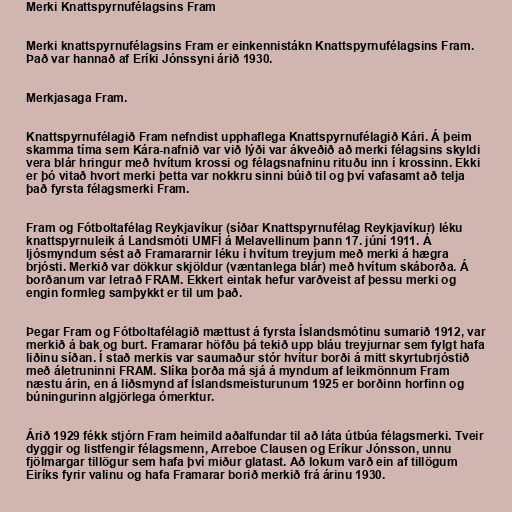
Merki Knattspyrnufélagsins Fram

Merki knattspyrnufélagsins Fram er einkennistákn Knattspyrnufélagsins Fram.
Það var hannað af Eríki Jónssyni árið 1930.

Merkjasaga Fram.

Knattspyrnufélagið Fram nefndist upphaflega Knattspyrnufélagið Kári. Á þeim
skamma tíma sem Kára-nafnið var við lýði var ákveðið að merki félagsins skyldi
vera blár hringur með hvítum krossi og félagsnafninu rituðu inn í krossinn. Ekki
er þó vitað hvort merki þetta var nokkru sinni búið til og því vafasamt að telja
það fyrsta félagsmerki Fram.

Fram og Fótboltafélag Reykjavíkur (síðar Knattspyrnufélag Reykjavíkur) léku
knattspyrnuleik á Landsmóti UMFÍ á Melavellinum þann 17. júní 1911. Á
ljósmyndum sést að Framararnir léku í hvítum treyjum með merki á hægra
brjósti. Merkið var dökkur skjöldur (væntanlega blár) með hvítum skáborða. Á
borðanum var letrað FRAM. Ekkert eintak hefur varðveist af þessu merki og
engin formleg samþykkt er til um það.

Þegar Fram og Fótboltafélagið mættust á fyrsta Íslandsmótinu sumarið 1912, var
merkið á bak og burt. Framarar höfðu þá tekið upp bláu treyjurnar sem fylgt hafa
liðinu síðan. Í stað merkis var saumaður stór hvítur borði á mitt skyrtubrjóstið
með áletruninni FRAM. Slíka borða má sjá á myndum af leikmönnum Fram
næstu árin, en á liðsmynd af Íslandsmeisturunum 1925 er borðinn horfinn og
búningurinn algjörlega ómerktur.

Árið 1929 fékk stjórn Fram heimild aðalfundar til að láta útbúa félagsmerki. Tveir
dyggir og listfengir félagsmenn, Arreboe Clausen og Eríkur Jónsson, unnu
fjölmargar tillögur sem hafa því miður glatast. Að lokum varð ein af tillögum
Eiríks fyrir valinu og hafa Framarar borið merkið frá árinu 1930.